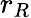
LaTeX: r_{R}